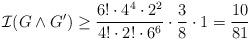
LaTeX: \begin{align*}\mathcal{I}(G\wedge G') &\geq \dfrac{6!\cdot4^{4}\cdot2^{2}}{4!\cdot2!\cdot6^{6}}\cdot \frac{3}{8}\cdot 1 =\frac{10}{81}\end{align*}